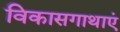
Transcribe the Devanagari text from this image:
विकासगाथाएं